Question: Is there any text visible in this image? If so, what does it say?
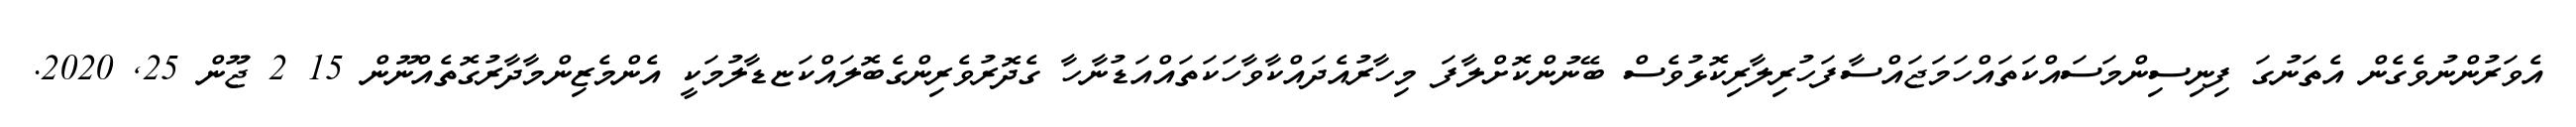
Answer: އެވަރުންނުވެގެން އެތަނުގަ ފިނިސިންމަސައްކަތައްހަމަޖައްސާފަހުރިލާރިކޮޅުވެސް ބޭނުންކޮށްލާފަ މިހާރުއެދައްކާވާހަކަތައްއަޑުނާހާ ގެދޮރުވެރިންގެބޮލައްކަޏޑާލުމަކީ އެންމެޒިންމާދާރުގޮތެއްނޫން 15 2 ޖޫން 25, 2020.